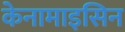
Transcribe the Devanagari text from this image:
केनामाइसिन